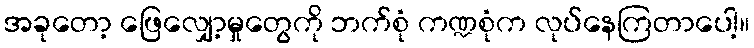
အခုတော့ ဖြေလျှော့မှုတွေကို ဘက်စုံ ကဏ္ဍစုံက လုပ်နေကြတာပေါ့။